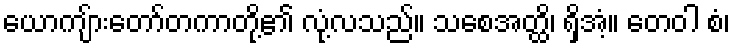
ယောကျ်ားတော်တကာတို့၏ လုံ့လသည်။ သစေအတ္ထိ၊ ရှိအံ့။ တေဝါ စံ၊